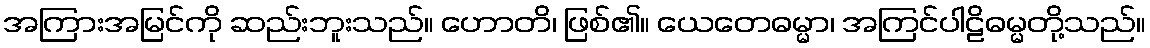
အကြားအမြင်ကို ဆည်းဘူးသည်။ ဟောတိ၊ ဖြစ်၏။ ယေတေဓမ္မာ၊ အကြင်ပါဠိဓမ္မတို့သည်။